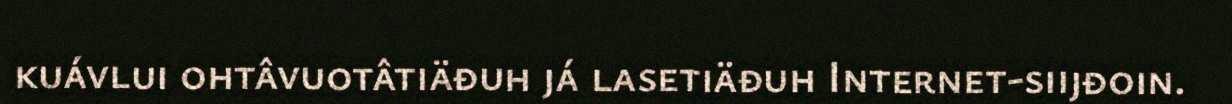
kuávlui ohtâvuotâtiäđuh já lasetiäđuh Internet-siijđoin.